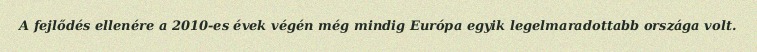
A fejlődés ellenére a 2010-es évek végén még mindig Európa egyik legelmaradottabb országa volt.